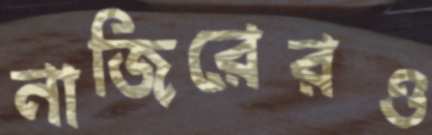
নাজিরেরও